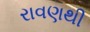
રાવણથી